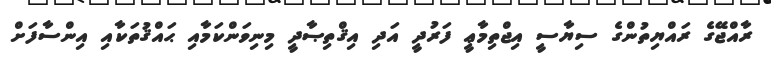
ރާއްޖޭގެ ރައްޔިތުންގެ ސިޔާސީ އިޖްތިމާޢީ ފަރުދީ އަދި އިޤްތިޞާދީ މިނިވަންކަމާއި ޙައްޤުތަކާއި އިންސާފަށް